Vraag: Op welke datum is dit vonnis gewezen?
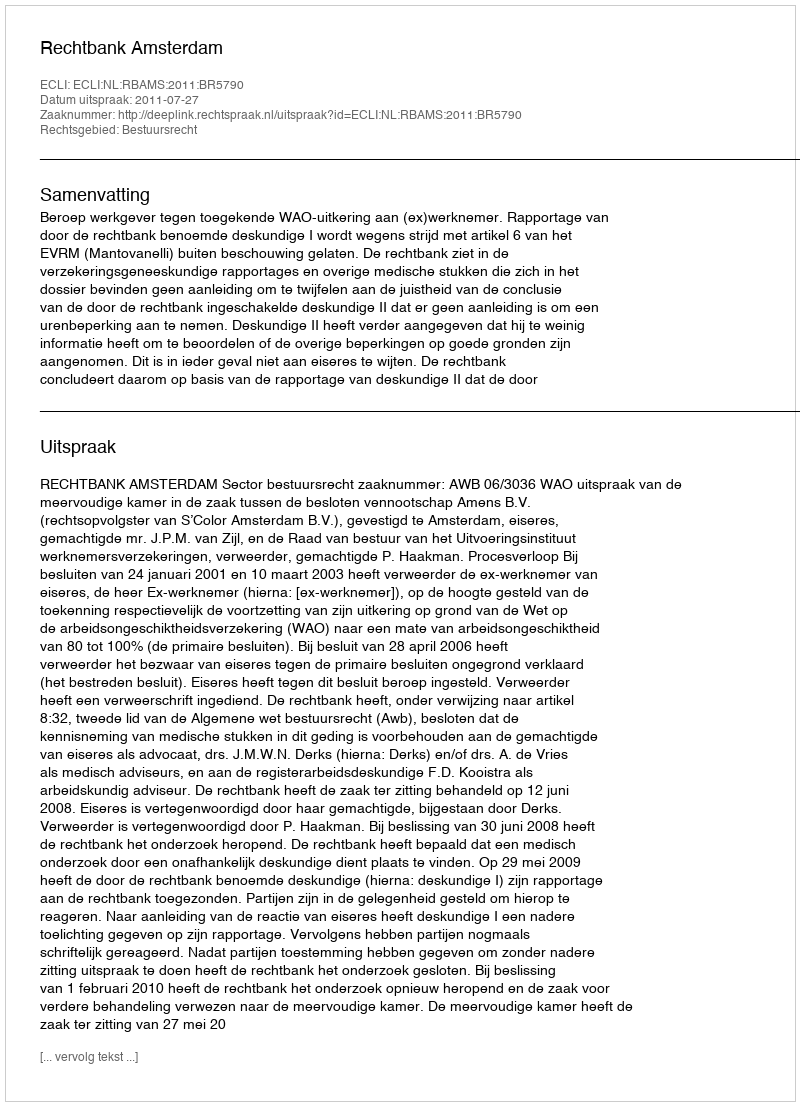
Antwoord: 2011-07-27